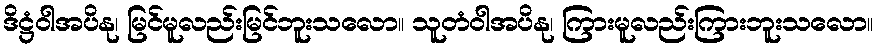
ဒိဋ္ဌံဝါအပိနု၊ မြင်မူလည်းမြင်ဘူးသလော။ သူတံဝါအပိနု၊ ကြားမူလည်းကြားဘူးသလော။